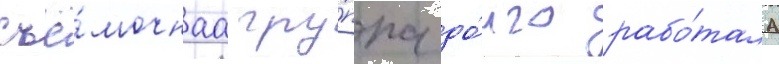
съё́мочнаа гру́ппа до́лго рабо́тала